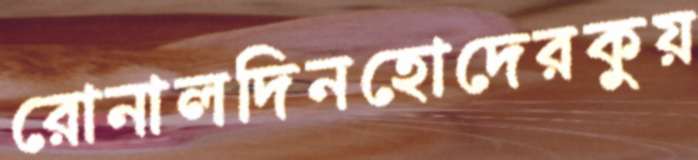
রোনালদিনহোদেরকুয়